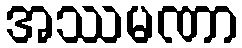
အဿမဏာ